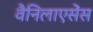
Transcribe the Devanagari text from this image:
वैनिलाएसेंस